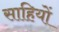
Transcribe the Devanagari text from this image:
साहियों